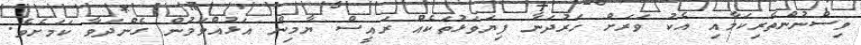
ވިސްނުންތެރިކަމާއި އެކު ވަރަށް ހަރުދަނާ ފިޔަވަޅުތަކެއް ރައީސް ޔާމިން އަޅުއްވަމުން ގެންދަވާ ކަމަށެވެ.